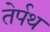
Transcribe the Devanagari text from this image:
तेर्पथ